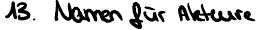
13. Namen für Akteure